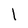
Character: l